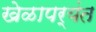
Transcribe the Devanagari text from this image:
खेळापर्यंत